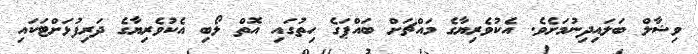
ވިޝާލް ބަލައިދިނުމަށެވެ. އެކުވެރިޔާގެ މައްޗަށް ބައްޕަގެ ހިތުގައި އޮތް ލޯބި އެކުވެރިޔާގެ ދަރިފުޅަށްޓަކައި